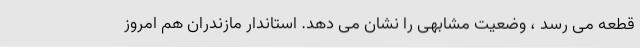
قطعه می رسد ، وضعیت مشابهی را نشان می دهد. استاندار مازندران هم امروز